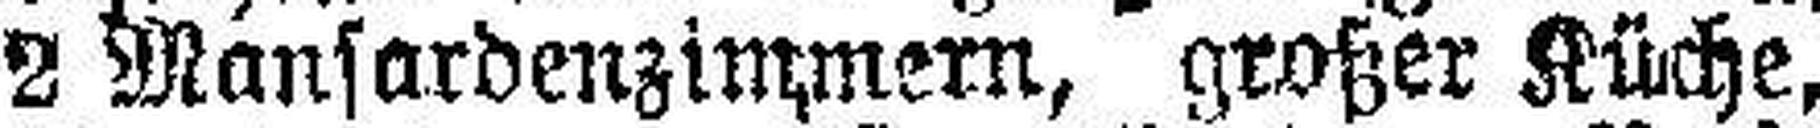
2 Mansardenzimmern, großer Küche,